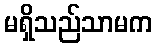
မရှိသည်သာမက